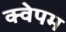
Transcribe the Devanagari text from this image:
क्वेपम